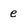
Character: e